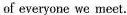
of everyone we meet.